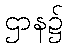
ဌာန၌